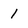
Character: 1